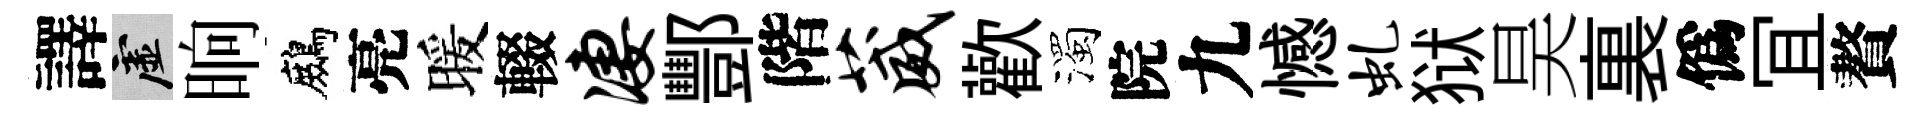
譯虚晌鷓亮暖輟凄酆階葳歡濁院九憾虬狱昊裏僞冝贅